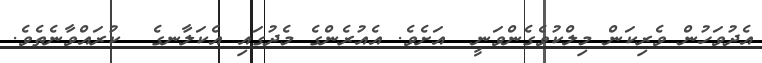
އެދުވަހުން ވެރިކަން މިލްކުވެގެންވަނީ  އަށެވެ. އެއުރެންގެ މެދުގައި އެކަލާނގެ  ކުރައްވާނެތެވެ.